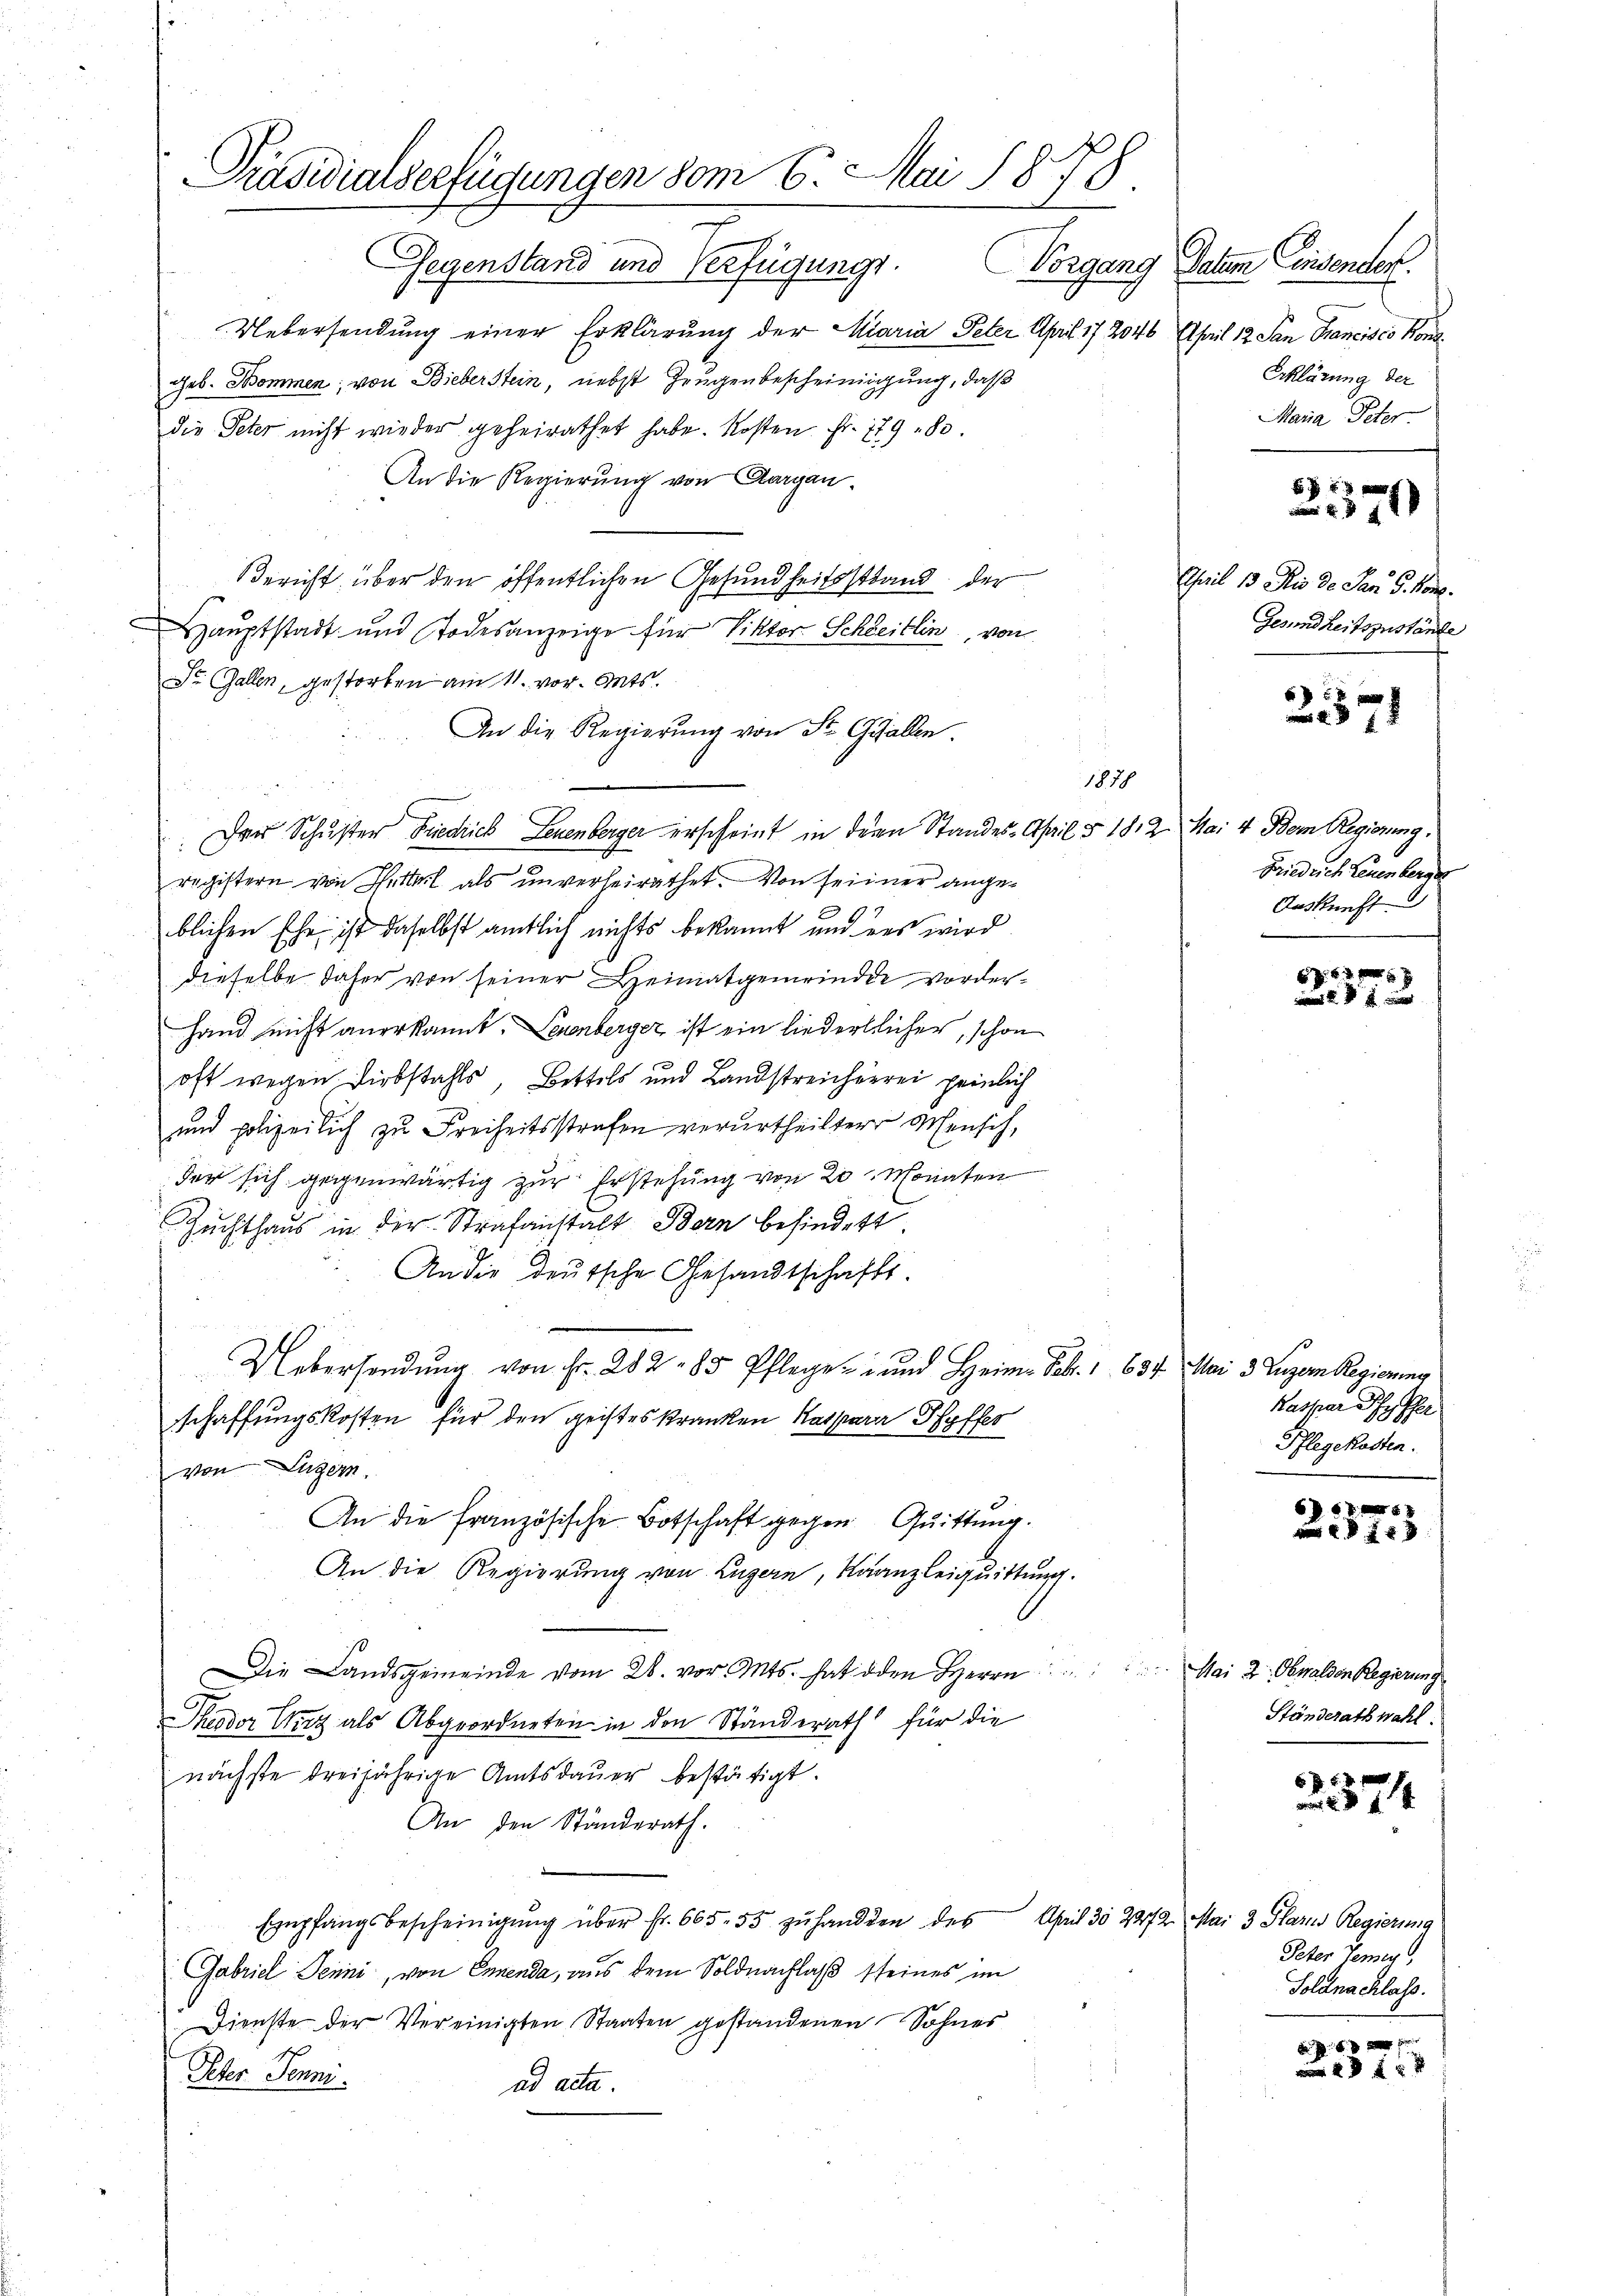
Präsidialserfügungen vom 6. Mai 1878

Gegenstand und Verfügungs. Vorgang Datum Einsenden.
Uebersendung einer Erklärung der Maria Peter April 172046 April 12 San Francisco Kons
geb. Kommen; von Bieberstein, nebst Zeugenbescheinigung, daß
die Peter nicht wieder geheirathet habe. Kosten Fr. 179. 80.
An die Regierung von Aargau.
Bericht über den öffentlichen Gesundheitsstand, der
Hauptstadt und Todesanzeige für Viktor Schleitlin, von
Dr. Gallen, gestorben am 11. vor. Mts.
An die Regierŭng von St. Gallen.
.Der Schuster Friedrich Leuenberger erscheint in der Standes-April § 1812. Mai 4 Dem Regierung.
registern von Hüttel als unverheirathet. Von seiner angeblichen Ehe, ist daselbst amtlich nichts bekannt und des wird
dieselbe daher von seiner Heimatgemeinder vorder¬
Hand nicht anerkannt. Leuenberger, ist ein liedertlicher, schon
oft wegen Diebstahls, Bettels und Landstreicherrei peinlich
und polizeilich zu Freiheitsstrafen verurtheilter Mensch,
der sich gegenwärtig zur Erstehung von 20. Monaten
Zuchthaus in der Strafanstalt Bern befindet.
Ander deutsche Gesandtschafts-
Uebersendŭng von Fr. 282 - 85 Pflege und Heim Febr. 1 637. Mai 3 Luzern Regierung
schaffungskosten für den geistes kranken Ratsara Pfyffer
von Luzern.
An die französische Botschaft gegen Quittung.
An die Regierung von Luzern, Kanzleiquittung.
Die Landsgemeinde vom 28. vor. Mts. hat den Herrn Mai 2, Obwalden Regierung
Theodor Wirz als Abgeordneten in den Ständerath für die
nächste dreijährige Amtsdauer bestätigt.
An den Ständerath.
.
Empfangsbescheinigung über Fr. 665. 55 zuhandten des April 30 2272 Mai 3 Glarus Regierung
Gabriel Penni, von Ennenda, aus dem Soldnachlaß seines im
Dienste der Vereinigten Staaten gestandenen Sohnes
Ieder Penni.
ad acta.

1878

Erklärung der
Maria Peter

f 24 x
 231

April 13 Rio de den 5. Nov.
Gesundheitszustände

6 f 54 x 8
 7 x

Friedrich Leuenberges
Auskunft.

57 f 2 x x

Kaspar Dr. Pfer
Pflegekosten.

647. 53
 18 x

Ständerath wahl.

6 f 24 x
1

Peter Temey
Soldnachlass.

24 x